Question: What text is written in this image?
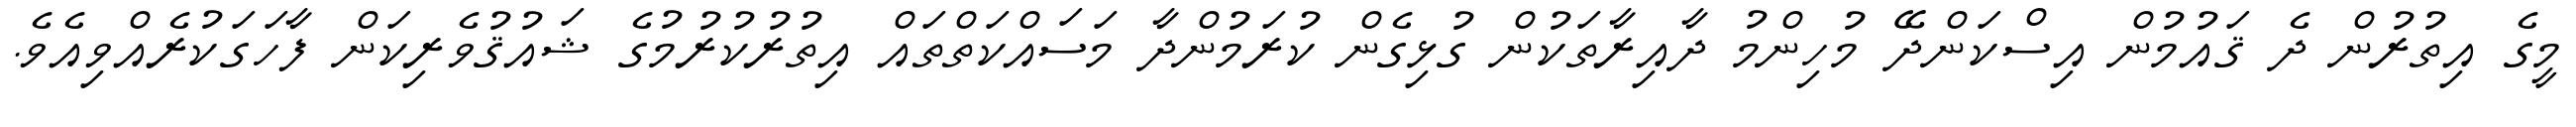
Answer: މީގެ އިތުރުން ދެ ޤައުމުން އިސްކަންދޭ މުހިންމު ދާއިރާތަކުން ގުޅިގެން ކުރަމުންދާ މަސައްކަތްތައް އިތުރުކުރުމުގެ ޝައުޤުވެރިކަން ފާހަގަކުރެއްވިއެވެ.